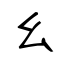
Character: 幺